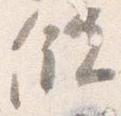
儲